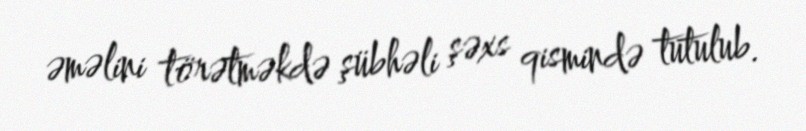
əməlini törətməkdə şübhəli şəxs qismində tutulub.